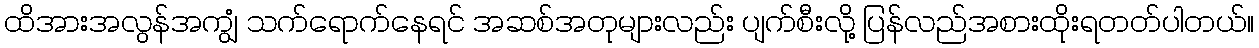
ထိအားအလွန်အကျွံ သက်ရောက်နေရင် အဆစ်အတုများလည်း ပျက်စီးလို့ ပြန်လည်အစားထိုးရတတ်ပါတယ်။